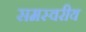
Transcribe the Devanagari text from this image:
समस्वरीय